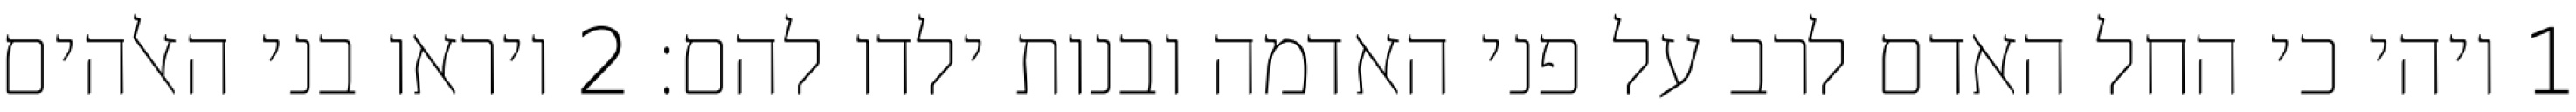
1 ויהי כי החל האדם לרב על פני האדמה ובנות ילדו להם׃ ‎2‏ ויראו בני האלהים